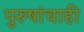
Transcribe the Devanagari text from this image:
पुरुषांचाही